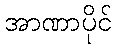
အာဏာပိုင်